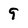
Character: 9